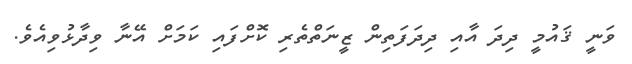
ވަނީ ޤައުމީ ދިދަ އާއި ދިދަފަތިން ޒީނަތްތެރި ކޮށްފައި ކަމަށް އޭނާ ވިދާޅުވިއެވެ.